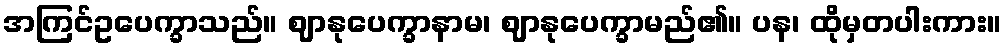
အကြင်ဥပေက္ခာသည်။ ဈာနုပေက္ခာနာမ၊ ဈာနုပေက္ခာမည်၏။ ပန၊ ထိုမှတပါးကား။